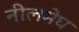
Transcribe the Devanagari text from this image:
नीलमेघ